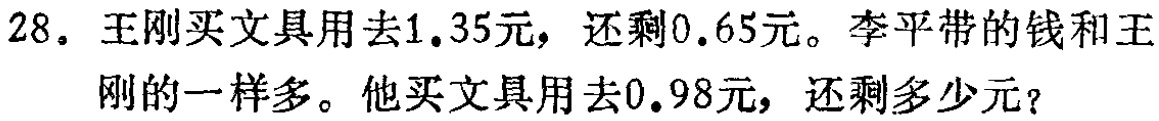
28. 王刚买文具用去1.35元，还剩0.65元。李平带的钱和王刚的一样多。他买文具用去0.98元，还剩多少元？